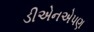
ડીએનએપણ